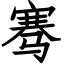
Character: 骞